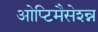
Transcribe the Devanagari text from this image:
ओप्टिमैसेश्न्न